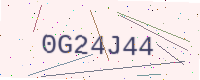
Text: 0G24J44